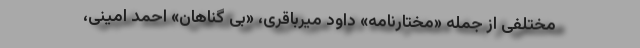
مختلفی از جمله «مختارنامه» داود میرباقری، «بی گناهان» احمد امینی،